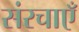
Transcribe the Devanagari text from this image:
संरचाएँ